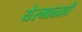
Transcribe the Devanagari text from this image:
येरमाळाही